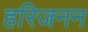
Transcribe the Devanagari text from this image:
हरिजनन